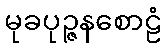
မုခပုဉ္ဇနစောဠံ